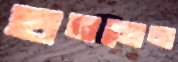
হাতমোজা